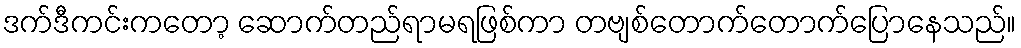
ဒက်ဒီကင်းကတော့ ဆောက်တည်ရာမရဖြစ်ကာ တဗျစ်တောက်တောက်ပြောနေသည်။